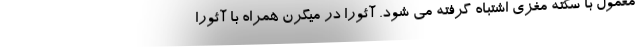
معمول با سکته مغزی اشتباه گرفته می شود. آئورا در میگرن همراه با آئورا